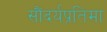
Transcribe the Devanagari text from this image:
सौंदर्यप्रतिमा